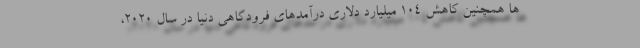
ها همچنین کاهش 104 میلیارد دلاری درآمدهای فرودگاهی دنیا در سال 2020،